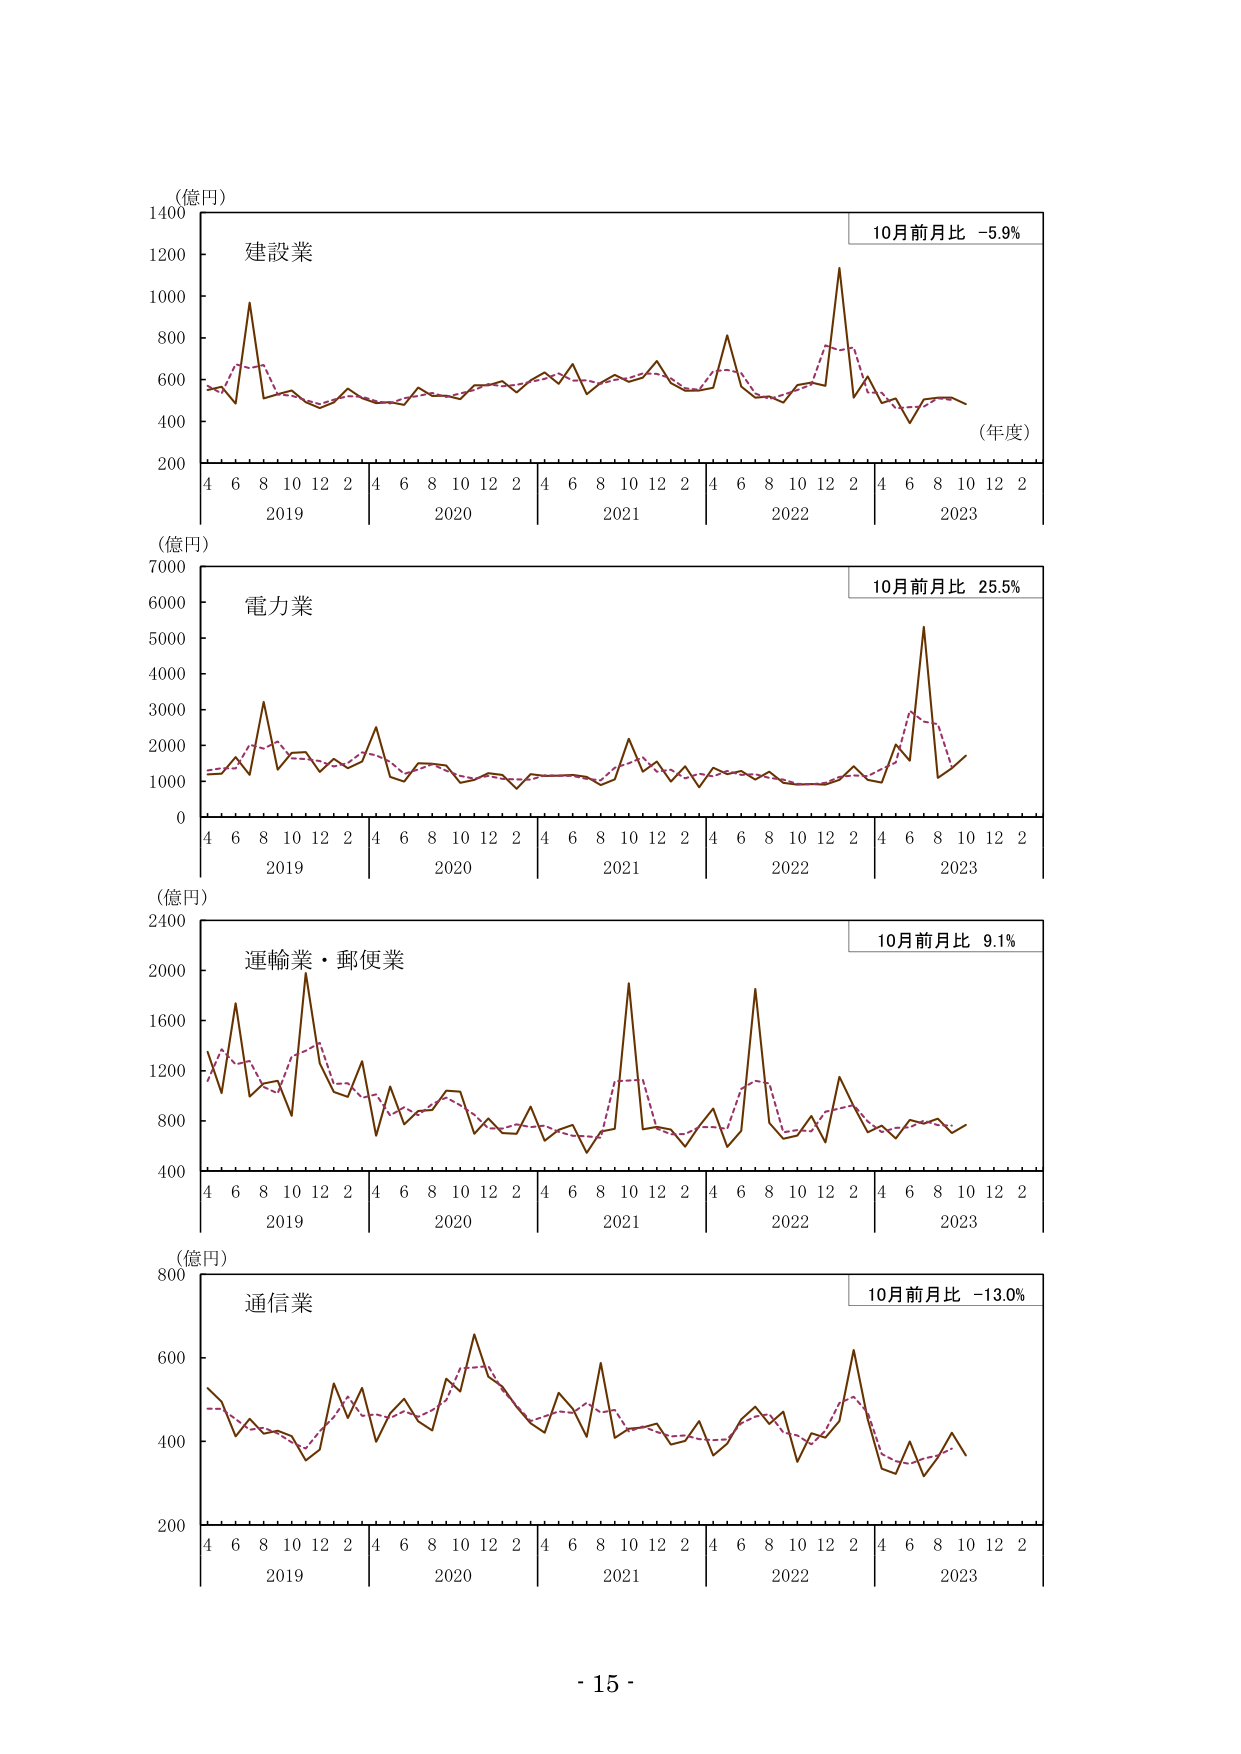
(億円)
1400
1200
1000
800
600
400
200
4 6 8 10 12 2
2019
4 6 8 10 12 2
2020
4 6 8 10 12 2
2021
4 6 8 10 12 2
2022
4 6 8 10 12 2
2023
(年度)
建設業
10月前月比 -5.9%

(億円)
7000
6000
5000
4000
3000
2000
1000
0
4 6 8 10 12 2
2019
4 6 8 10 12 2
2020
4 6 8 10 12 2
2021
4 6 8 10 12 2
2022
4 6 8 10 12 2
2023
電力業
10月前月比 25.5%

(億円)
2400
2000
1600
1200
800
400
4 6 8 10 12 2
2019
4 6 8 10 12 2
2020
4 6 8 10 12 2
2021
4 6 8 10 12 2
2022
4 6 8 10 12 2
2023
運輸業・郵便業
10月前月比 9.1%

(億円)
800
600
400
200
4 6 8 10 12 2
2019
4 6 8 10 12 2
2020
4 6 8 10 12 2
2021
4 6 8 10 12 2
2022
4 6 8 10 12 2
2023
通信業
10月前月比 -13.0%

- 15 -